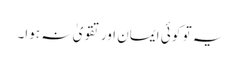
یہ تو کو ئی ایمان اور تقویٰ نہ ہوا۔